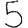
Digit: 5